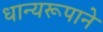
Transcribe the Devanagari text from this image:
धान्‍यरूपाने